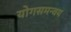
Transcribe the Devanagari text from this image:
योगसमन्वय